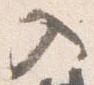
入